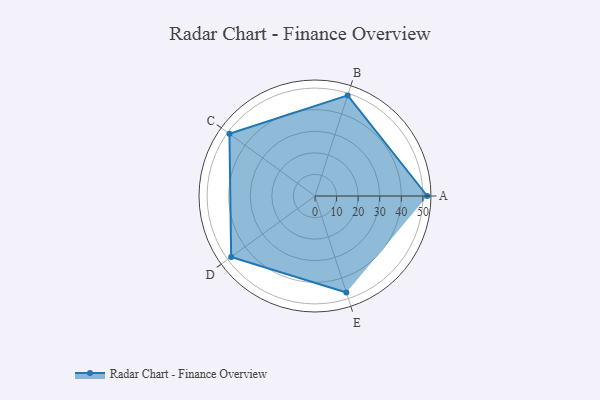
{"axis": {"x": "Skill", "y": "Score"}, "legend": ["Profile"], "data": [{"x": "A", "y": 52.0, "type": "Profile"}, {"x": "B", "y": 49.0, "type": "Profile"}, {"x": "C", "y": 49.0, "type": "Profile"}, {"x": "D", "y": 48.0, "type": "Profile"}, {"x": "E", "y": 47.0, "type": "Profile"}]}